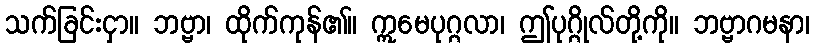
သက်ခြင်းငှာ။ ဘဗ္ဗာ၊ ထိုက်ကုန်၏။ ဣမေပုဂ္ဂလာ၊ ဤပုဂ္ဂိုလ်တို့ကို။ ဘဗ္ဗာဂမနာ၊